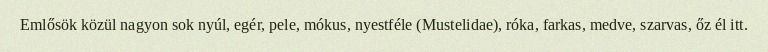
Emlősök közül nagyon sok nyúl, egér, pele, mókus, nyestféle (Mustelidae), róka, farkas, medve, szarvas, őz él itt.